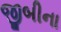
જીબીના